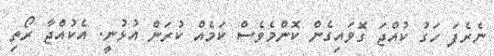
ނެރެފަ ހަގު ކުއްޖަ ގޮވައިގެން ކޮންމެވެސް ކަމެއް ކުރަން އުޅުނީ. އެކުއްޖާ ރޯތި